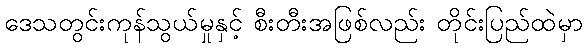
ဒေသတွင်းကုန်သွယ်မှုနှင့် စီးတီးအဖြစ်လည်း တိုင်းပြည်ထဲမှာ